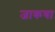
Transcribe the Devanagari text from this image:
जाकया